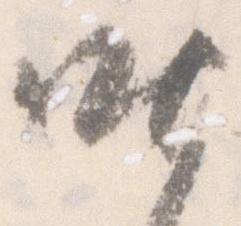
昨